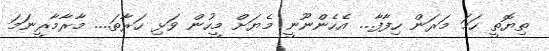
ތިޔޮތީ ހަމަ މަރަން ހިފާފާ... އެހެންނޫނީ މެޔަށް މީހުން ވަޅި ހަރާތަ.... މާރާމާރީނަމަ